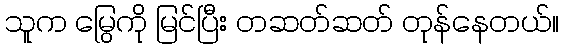
သူက မြွေကို မြင်ပြီး တဆတ်ဆတ် တုန်နေတယ်။